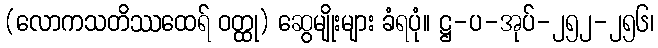
(လောကသတိဿထေရ် ဝတ္ထု) ဆွေမျိုးများ ခံရပုံ။ ဋ္ဌ-ပ-အုပ်-၂၅၂-၂၅၆၊